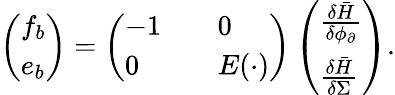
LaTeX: \begin{array}{r}{\left(\begin{array}{l}{f_{b}}\\ {e_{b}}\end{array}\right)=\left(\begin{array}{ll}{-1\quad}&{0}\\ {0\quad}&{E(\cdot)}\end{array}\right)\left(\begin{array}{l}{\frac{\delta\bar{H}}{\delta\phi_{\partial}}}\\ {\frac{\delta\bar{H}}{\delta\Sigma}}\end{array}\right).}\end{array}